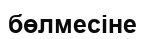
бөлмесіне